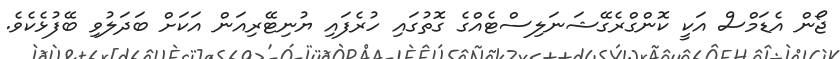
ޖޯން އެޑަމްސް އަކީ ކޮންގްރެގޭޝަނަލިސްޓެއްގެ ގޮތުގައި ހުރެފައި ޔުނިޓޭރިއަން އަކަށް ބަދަލުވި ބޭފުޅެކެވެ.